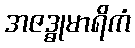
အဇဒ္ဓုမာရိကံ